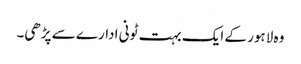
وہ لاہور کے ایک بہت ٹونی ادارے سے پڑھی۔